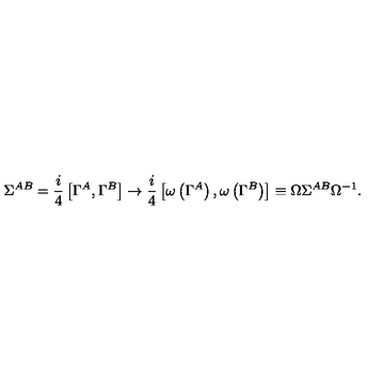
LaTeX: \Sigma ^ { A B } = { \frac { i } { 4 } } \left[ \Gamma ^ { A } , \Gamma ^ { B } \right] \to { \frac { i } { 4 } } \left[ \omega \left( \Gamma ^ { A } \right) , \omega \left( \Gamma ^ { B } \right) \right] \equiv \Omega \Sigma ^ { A B } \Omega ^ { - 1 } .